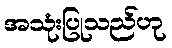
အသုံးပြုသည်ဟု